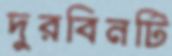
দুরবিনটি